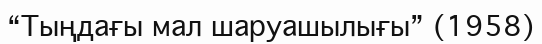
“Тыңдағы мал шаруашылығы” (1958)